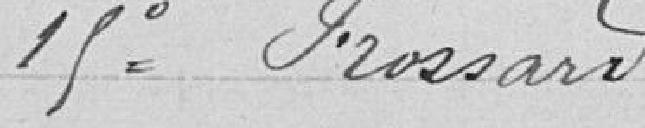
15° Frossard